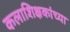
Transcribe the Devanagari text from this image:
कलाशिक्षकांच्या